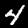
Digit: 4